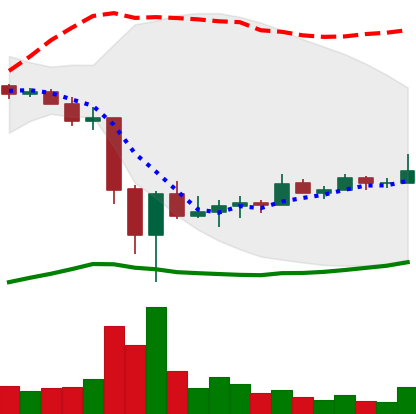
Ticker: TRX-USD
Chart end date: 2022-06-27
Forward return: -3.438%
Label: down_3_5